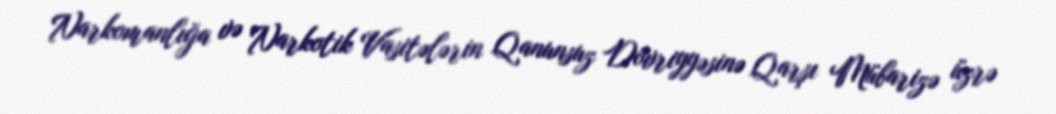
Narkomanlığa və Narkotik Vasitələrin Qanunsuz Dövriyyəsinə Qarşı Mübarizə üzrə